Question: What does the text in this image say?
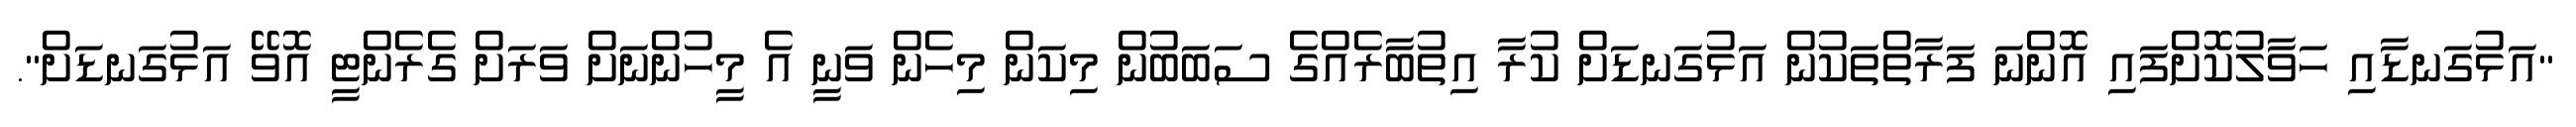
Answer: "އަޅުގަނޑާއި ހަވާލުކޮށްފައި އޮންނަ ފަރާތްތަކުން އަޅުގަނޑަށް ކުރާ އިތުބާރެއްގެ ސަބަބުން މިކަން މިހެން ވަނީ އެ މީހުންނަށް ވަރަށް ގެރެންޓީ އޮވޭ އަޅުގަނޑަށް".